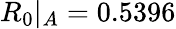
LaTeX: R_{0}|_{A}=0.5396